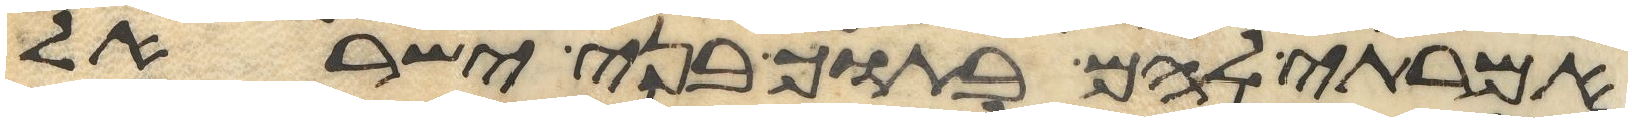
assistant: אמרתי להם בתוך בני ישראל